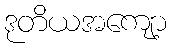
ဒုတိယအကျော့